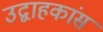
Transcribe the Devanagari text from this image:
उद्वाहकांस